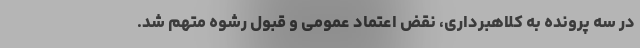
در سه پرونده به کلاهبرداری، نقض اعتماد عمومی و قبول رشوه متهم شد.